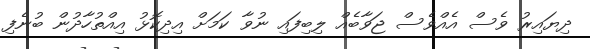
ދިޔައިރު ވެސް އެއްވެސް ޖަވާބެއް ލިބިފައި ނުވާ ކަމަށް އިދިކޮޅު އިއްތުހާދުން ބުނެފި